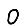
Digit: 0